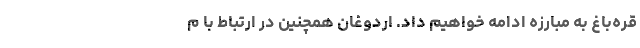
قره‌باغ به مبارزه ادامه خواهیم داد. اردوغان همچنین در ارتباط با م